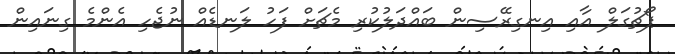
ޕޯޗުގަލް އާއި އިނގިރޭސިން ބައްދަލުކުރި މެޗަށް ފަހު ލަނޑެއް ނުޖެހި އެންމެ ގިނައިން